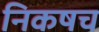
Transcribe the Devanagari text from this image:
निकषच